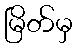
မြိတ်မှ